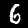
Digit: 6